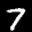
Label: 7